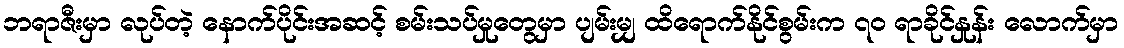
ဘရာဇီးမှာ လုပ်တဲ့ နောက်ပိုင်းအဆင့် စမ်းသပ်မှုတွေမှာ ပျမ်းမျှ ထိရောက်နိုင်စွမ်းက ၇၀ ရာခိုင်နှုန်း လောက်မှာ